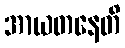
အာယတနေတိ